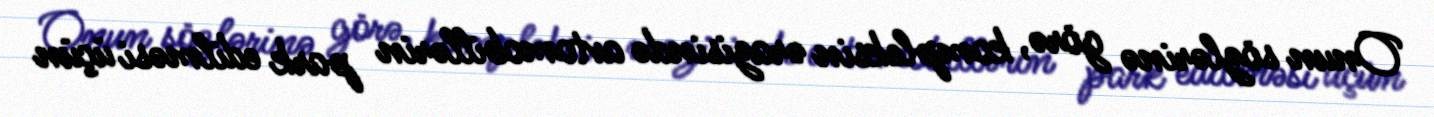
Onun sözlərinə görə, kompleksin ərazisində avtomobillərin park edilməsi üçün